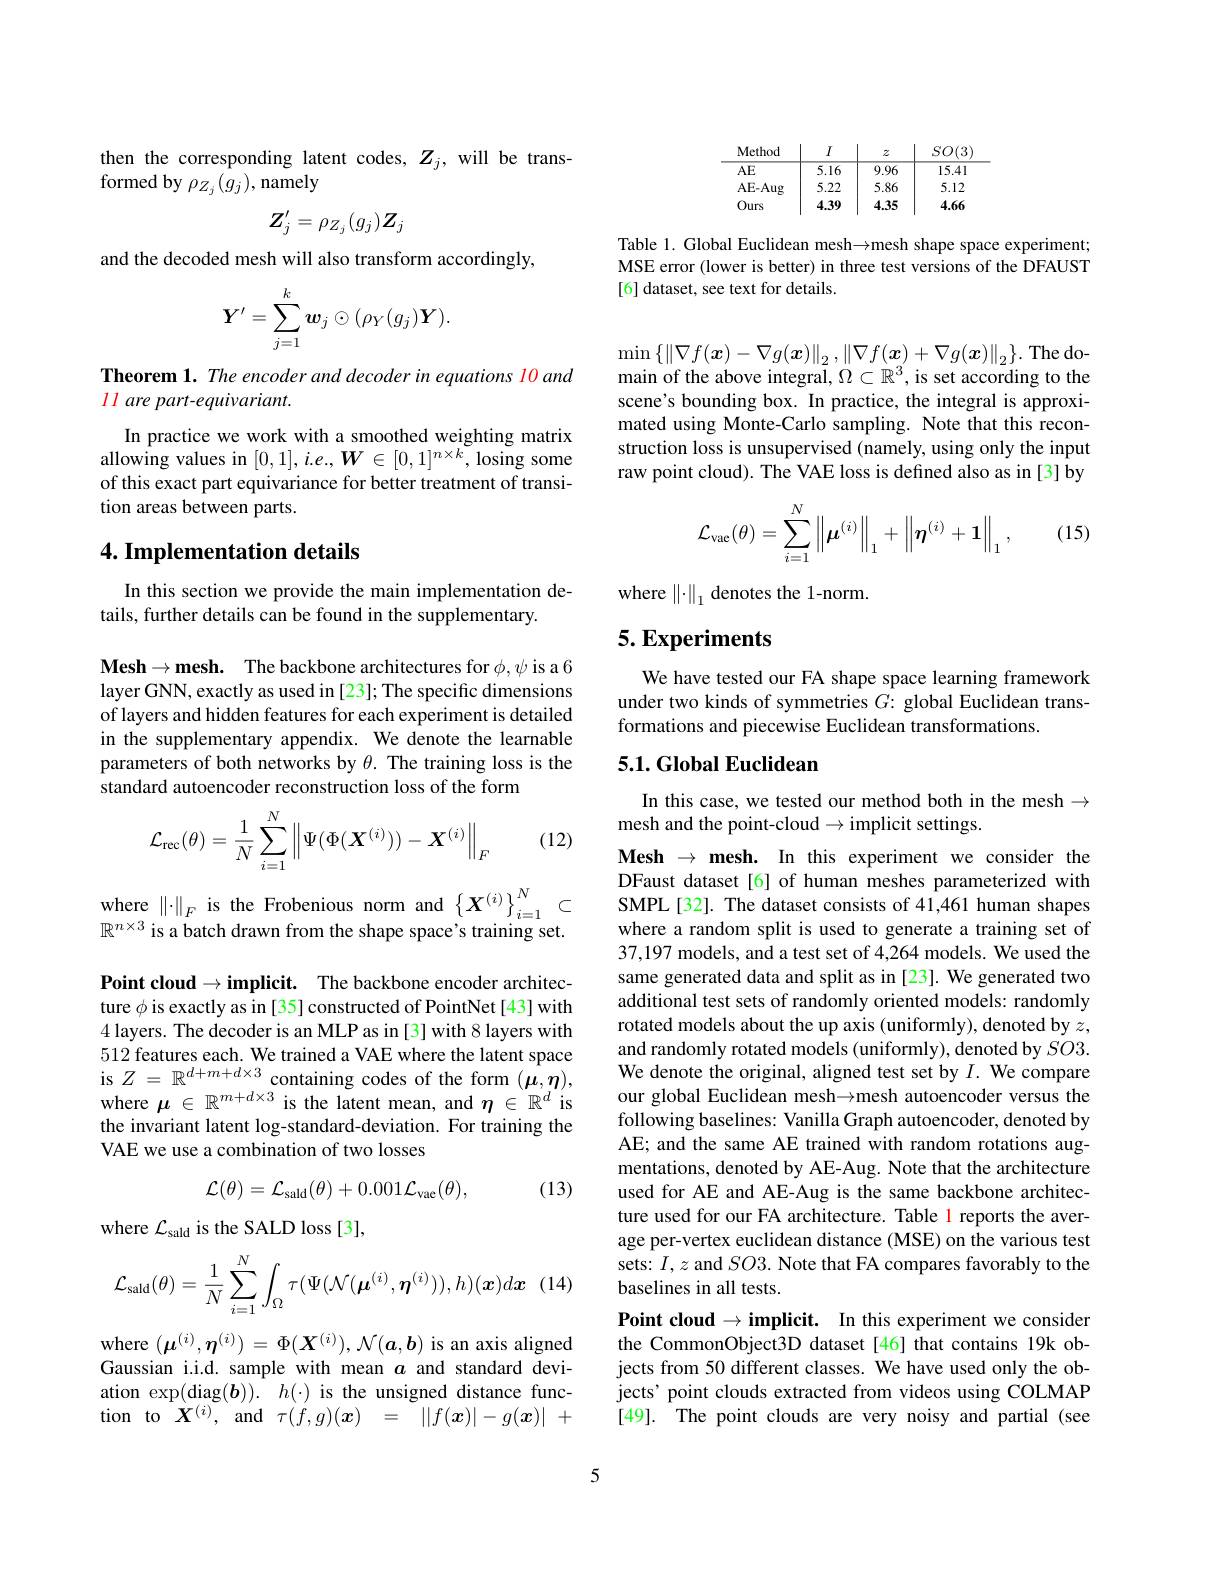
then the corresponding latent codes, $Z_j$, will be trans-
formed by $\rho_{Z_j}(g_j)$,namely
$$Z_j^{\prime}=\rho_{Z_j}(g_j)Z_j$$
and the decoded mesh will also transform accordingly,
$$\boldsymbol{Y}'=\sum_{j=1}^k\boldsymbol{w}_j\odot(\rho_Y(g_j)\boldsymbol{Y}).$$
Theorem 1. The encoder and decoder in equations l0 and
ll are part-equivariant.

$\begin{array}{c}\mathrm{In~practice~we~work~with~a~smoothed~weighting~matrix}\\\text{allowing values in }[0,1],i.e.,W\in[0,1]^{n\times k},\mathrm{losing~some}\end{array}$ of this exact part equivariance for better treatment of transition areas between parts.

## 4. Implementation details

In this section we provide the main implementation de-
tails, further details can be found in the supplementary.

$\mathbf{Mesh}\to \mathbf{mesh. }$ The backbone architectures for $\phi,\psi$ is a 6 layer GNN, exactly as used in [23]; The specific dimensions of layers and hidden features for each experiment is detailed in the supplementary appendix. We denote the learnable parameters of both networks by $\theta.$ The training loss is the standard autoencoder reconstruction loss of the form

(12)
$$\mathcal{L}_{\mathrm{rec}}(\theta)=\frac{1}{N}\sum_{i=1}^{N}\left\|\Psi(\Phi(\boldsymbol{X}^{(i)}))-\boldsymbol{X}^{(i)}\right\|_{F}$$
$\begin{array}{l}\text{where }\|\cdot\|_F\text{ is the Frobenious norm and}\left\{\boldsymbol{X}^{(i)}\right\}_{i=1}^N\subset\\\mathbb{R}^{n\times3}\text{ is a batch drawn from the shape space's training set.}\end{array}$

$\textbf{Point cloud}\to \textbf{implicit. }$ The backbone encoder architecture $\phi$ is exactly as in [35] constructed of PointNet[43] with 4 layers. The decoder is an MLP as in [3] with 8 layers with 512 features each. We trained a VAE where the latent space is $Z=\mathbb{R}^{d+m+d\times3}$ containing codes of the form $(\boldsymbol\mu,\boldsymbol\eta)$, where $\boldsymbol{\mu}\in\mathbb{R}^m+d\times3$ is the latent mean, and $\boldsymbol{\eta}\in\mathbb{R}^d$ is the invariant latent log-standard-deviation. For training the VAE we use a combination of two losses
$$\mathcal L(\theta)=\mathcal L_{\mathrm{sald}}(\theta)+0.001\mathcal L_{\mathrm{vae}}(\theta),$$
(13)

where $\mathcal{L}_\mathrm{sald}$ is the SALD loss [3],
$$\mathcal{L}_{\mathrm{sald}}(\theta)=\frac{1}{N}\sum_{i=1}^{N}\int_{\Omega}\tau(\Psi(\mathcal{N}(\boldsymbol{\mu}^{(i)},\boldsymbol{\eta}^{(i)})),h)(\boldsymbol{x})d\boldsymbol{x}$$
where $(\boldsymbol{\mu}^{(i)},\boldsymbol{\eta}^{(i)})=\Phi(\boldsymbol{X}^{(i)}),\mathcal{N}(\boldsymbol{a},\boldsymbol{b})$ is an axis aligned Gaussian i.i.d. sample with mean $a$ and standard deviation $\exp($diag$( \boldsymbol{b}) ) .$ $h( \cdot )$ is the unsigned distance function to $\hat{X}^{(i)}$, and $\tau ( f, g) ( \boldsymbol{x})$ = $| | f( \boldsymbol{x}) | - g( \boldsymbol{x}) |$ +
$$\begin{array}{c|c|c|c|c}\text{Method}&I&z&SO(3)\\\hline\text{AE}&5.16&9.96&15.41\\\text{AE-Aug}&5.22&5.86&5.12\\\text{Ours}&4.39&4.35&4.66\end{array}$$
Table 1. Global Euclidean mesh→mesh shape space experiment; MSE error (lower is better) in three test versions of the DFAUST [6] dataset, see text for details.

$\operatorname*{min}\left\{\left\|\nabla f(\boldsymbol{x})-\nabla g(\boldsymbol{x})\right\|_{2},\left\|\nabla f(\boldsymbol{x})+\nabla g(\boldsymbol{x})\right\|_{2}\right\}.$The domain of the above integral, $\Omega\subset\mathbb{R}^3$, is set according to the scene's bounding box. In practice, the integral is approximated using Monte-Carlo sampling. Note that this reconstruction loss is unsupervised (namely, using only the input raw point cloud). The VAE loss is defined also as in [3] by

(15)
$$\mathcal{L}_{\mathrm{vac}}(\theta)=\sum_{i=1}^N\left\|\boldsymbol{\mu}^{(i)}\right\|_1+\left\|\boldsymbol{\eta}^{(i)}+\boldsymbol{1}\right\|_1,$$
where $\left\|\cdot\right\|_1$ denotes the 1-norm

## 5. Experiments

We have tested our FA shape space learning framework under two kinds of symmetries $G{:\text{ global Euclidean trans-}}$ formations and piecewise Euclidean transformations.

## 5.1. Global Euclidean

In this case, we tested our method both in the mesh $\to$
mesh and the point-cloud$\to$implicit settings.

Mesh $\to \textbf{mesh. In this experiment we consider the}$ DFaust dataset[6] of human meshes parameterized with SMPL[32]. The dataset consists of 41,461 human shapes where a random split is used to generate a training set of 37,197 models, and a test set of 4,264 models. We used the same generated data and split as in [23]. We generated two additional test sets of randomly oriented models: randomly rotated models about the up axis (uniformly), denoted by $z$, and randomly rotated models (uniformly), denoted by $SO3.$ We denote the original, aligned test set by $I.$ We compare our global Euclidean mesh→mesh autoencoder versus the following baselines: Vanilla Graph autoencoder, denoted by AE; and the same AE trained with random rotations augmentations, denoted by AE-Aug. Note that the architecture used for AE and AE-Aug is the same backbone architecture used for our FA architecture. Table 1 reports the average per-vertex euclidean distance (MSE) on the various test sets: $I,z$ and $SO3.$ Note that FA compares favorably to the baselines in all tests.
Point cloud $\to$ implicit. In this experiment we consider the CommonObject3D dataset[46] that contains 19k objects from 50 different classes. We have used only the objects' point clouds extracted from videos using COLMAP [49]. The point clouds are very noisy and partial (see

5